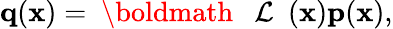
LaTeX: \begin{array}{r}{{\mathbf q}({\mathbf x})={{{\mathrm{~\boldmath~{~\cal~L~}~}}}}({\mathbf x}){\mathbf p}({\mathbf x}),}\end{array}